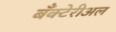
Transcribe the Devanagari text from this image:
बँक्टेरीअल